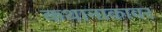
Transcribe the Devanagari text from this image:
कथानाकावर